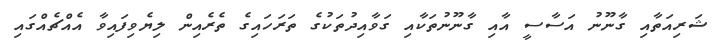
ޝަރިއަތާއި ގާނޫނު އަސާސީ އާއި ގާނޫނުތަކާއި ގަވާއިދުތަކުގެ ތަރަހައިގެ ތެރެއިން ލިޔެވިފައިވާ އެއްޗެއްގައި